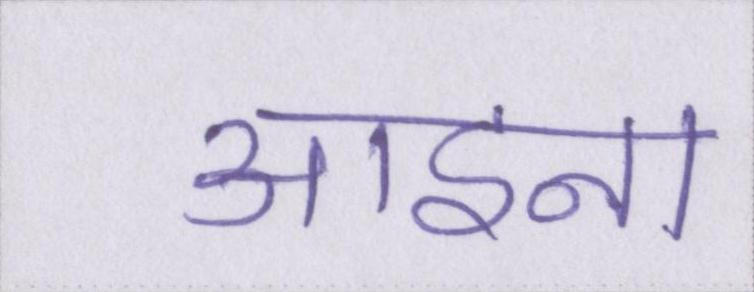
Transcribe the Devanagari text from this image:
आइना